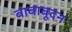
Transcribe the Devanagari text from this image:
बाबाबूदन